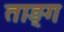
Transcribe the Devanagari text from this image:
ताङ्ग